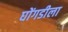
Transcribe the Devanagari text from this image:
घोंगडीला